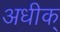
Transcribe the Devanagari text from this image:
अधीक्